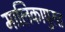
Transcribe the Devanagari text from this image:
मालिकापुरत्त